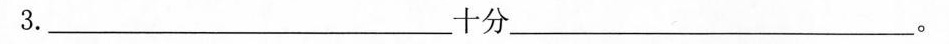
3.___十分___。